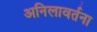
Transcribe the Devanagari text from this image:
अनिलावर्तना